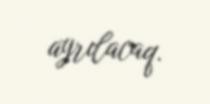
ayrılacaq.